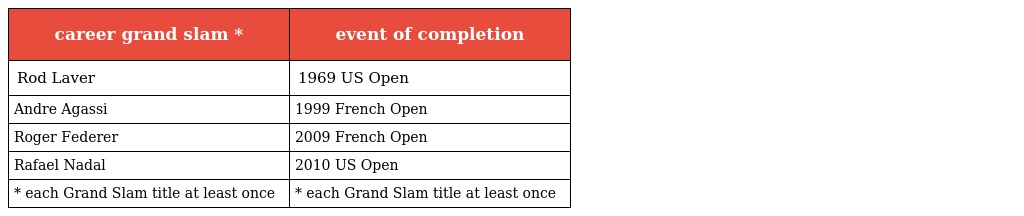
| career grand slam * | event of completion |
 | --- | --- |
 | Rod Laver | 1969 US Open |
 | Andre Agassi | 1999 French Open |
 | Roger Federer | 2009 French Open |
 | Rafael Nadal | 2010 US Open |
 | * each Grand Slam title at least once | * each Grand Slam title at least once |